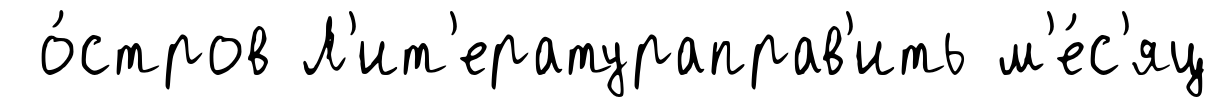
о́стров Л'ит'ератураправ'ить м'е́с'яц